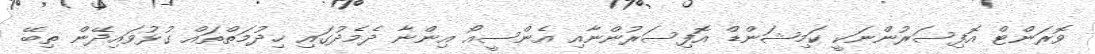
ވޮރަންޓް އޮފިސަރުންނަކީ ކަމިޝަންޑް އޮފިސަރުންނާއި އެންސީއޯ އިންނާ ދެމެދުގައި ޚިދުމަތްތައް ގުޅުވައިދޭން ތިބޭ